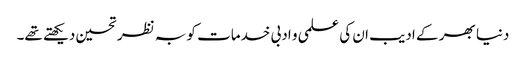
دنیا بھر کے ادیب ان کی علمی و ادبی خدمات کو بہ نظر تحسین دیکھتے تھے۔